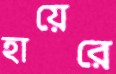
হায়েরে